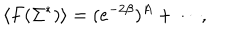
\langle F ( \Sigma ^ { * } ) \rangle = ( e ^ { - 2 \beta } ) ^ { A } + \cdots ,